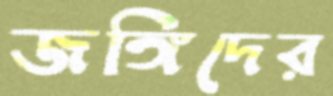
জঙ্গিদের